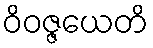
ဝိဝဇ္ဇယေတိ